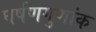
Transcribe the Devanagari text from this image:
घर्षणगुणांक